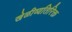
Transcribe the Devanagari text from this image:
खेळीव्यतिरिक्त